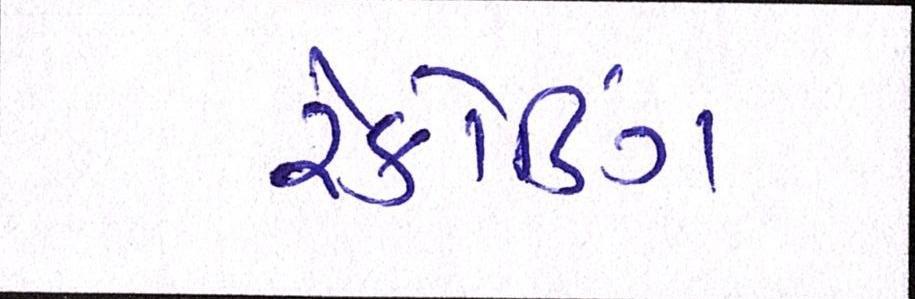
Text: રેકોર્ડિંગ